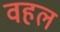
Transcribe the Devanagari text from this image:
वहल